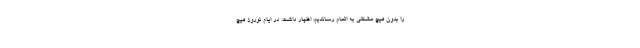
را بدون هیچ مشکلی به اتمام رساندیم، اظهار داشت: در ایام نوروز هیچ